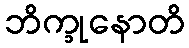
ဘိက္ခုနောတိ